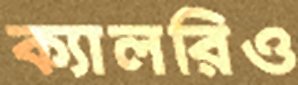
ক্যালরিও